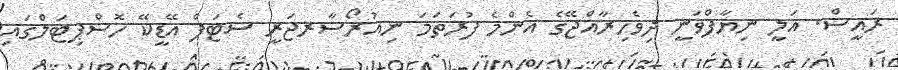
ރައީސް. އަލީ ނިޔާފްވަނީ ދިވެހިރާއްޖޭގެ އެންމެ ފުރަތަމަ ނިއުރޯސާރޖަރީ ސެޓަޕް އޭޑީކޭ ހޮސްޕިޓަލްގައި